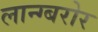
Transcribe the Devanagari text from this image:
लान्ग्बरोर